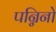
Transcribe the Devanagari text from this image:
पन्निनो